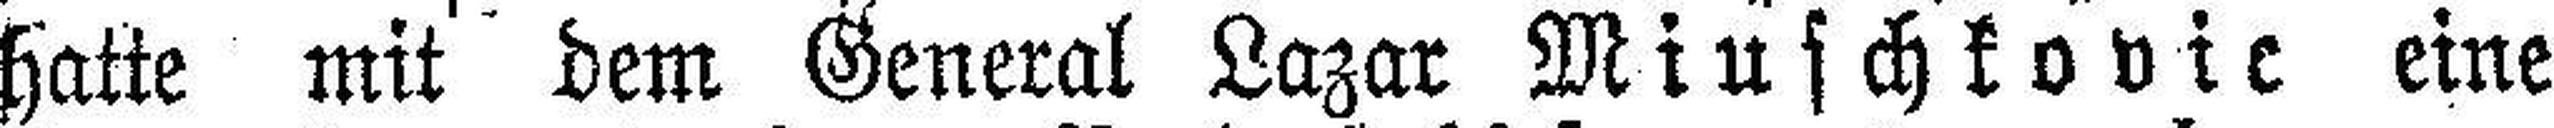
hatte mit dem General Lazar Miuschkovic eine